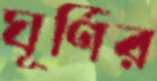
ঘূর্ণির